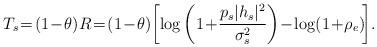
LaTeX: \begin{align*}\!\!\!\! T_{s} \!=\! (1\!-\!\theta) R \!=\! (1\!-\!\theta)\bigg[\!\log \bigg(1\!+\!\frac{p_{s}|h_{s}|^{2}}{\sigma_{s}^{2}}\bigg) \!-\! \log (1\!+\!\rho_{e})\!\bigg].\end{align*}